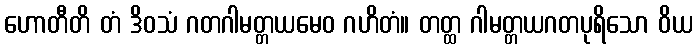
ဟောတီတိ တံ ဒိဝသံ ဂတဂါမတ္တယမေဝ ဂဟိတံ။ တတ္ထ ဂါမတ္တယဂတပုရိသော ဝိယ